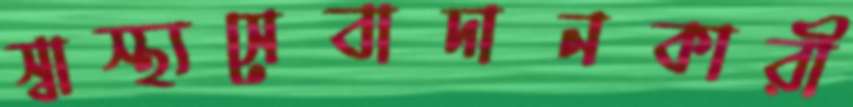
স্বাস্থ্যসেবাদানকারী